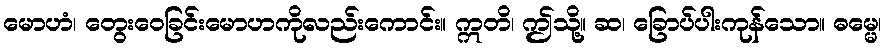
မောဟံ၊ တွေးဝေခြင်းမောဟကိုလည်းကောင်း။ ဣတိ၊ ဤသို့။ ဆ၊ ခြောပ်ပါးကုန်သော။ ဓမ္မေ၊